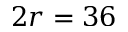
2 r = 3 6